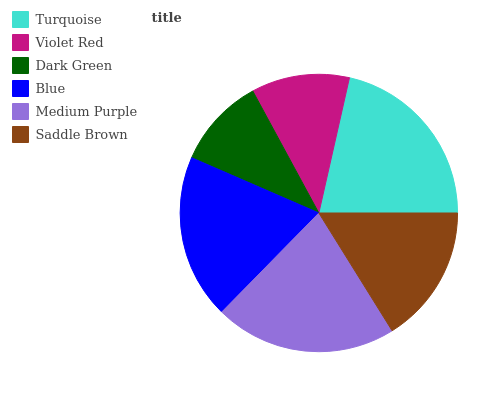
| Turquoise | Violet Red | Dark Green | Blue | Medium Purple | Saddle Brown |
 | --- | --- | --- | --- | --- | --- |
 | 21.5% | 11.5% | 10.6% | 19.1% | 21.2% | 16.1% |